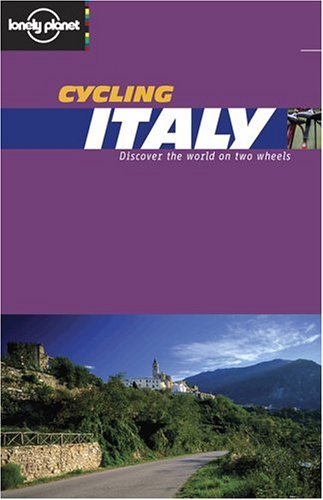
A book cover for Cycling Italy (Lonely Planet Belgium & Luxembourg); Ethan Gelber; Travel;